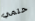
حتمي